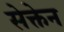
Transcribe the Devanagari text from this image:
सेक्तेन